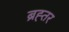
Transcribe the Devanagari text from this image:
ब्रह्तर